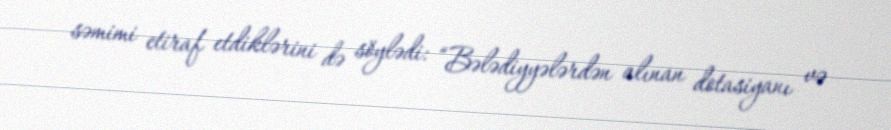
səmimi etiraf etdiklərini də söylədi: “Bələdiyyələrdən alınan dotasiyanı və